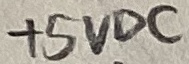
Text: +5VDC